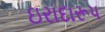
ઇરાદારૂપ